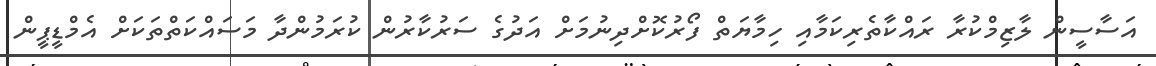
އަސާސީން ލާޒިމްކުރާ ރައްކާތެރިކަމާއި ހިމާޔަތް ފޯރުކޮށްދިނުމަށް އަދުގެ ސަރުކާރުން ކުރަމުންދާ މަސައްކަތްތަކަށް އެމްޑީޕީން